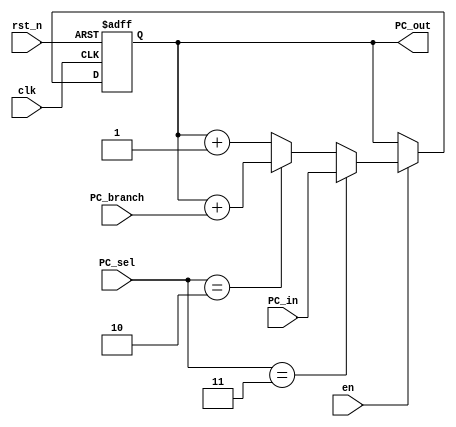
`timescale 1ns / 1ps
//////////////////////////////////////////////////////////////////////////////////
// Company: 
// Engineer: 
// 
// Design Name: 
// Module Name: pc
// Project Name: 
// Target Devices: 
// Tool Versions: 
// Description: 
// 
// Dependencies: 
// 
// Revision:
// Revision 0.01 - File Created
// Additional Comments:
// 
//////////////////////////////////////////////////////////////////////////////////


module pc(
input clk,
input rst_n,
input en,
input[1:0] PC_sel,
input[15:0] PC_in,
input[15:0] PC_branch,
output[15:0] PC_out
  );

reg[15:0] PC;
assign PC_out = PC;

always @(posedge clk or negedge rst_n) begin
  if (!rst_n) 
      PC <= 16'b0;
      
  else begin
      if(en) begin
          if(PC_sel == 2'b11)
             PC <= PC_in;
          else if(PC_sel == 2'b10)
             PC <= PC + PC_branch;
          else 
             PC <= PC + 1;
      end      
  end
end
endmodule